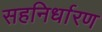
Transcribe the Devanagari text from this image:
सहनिर्धारण